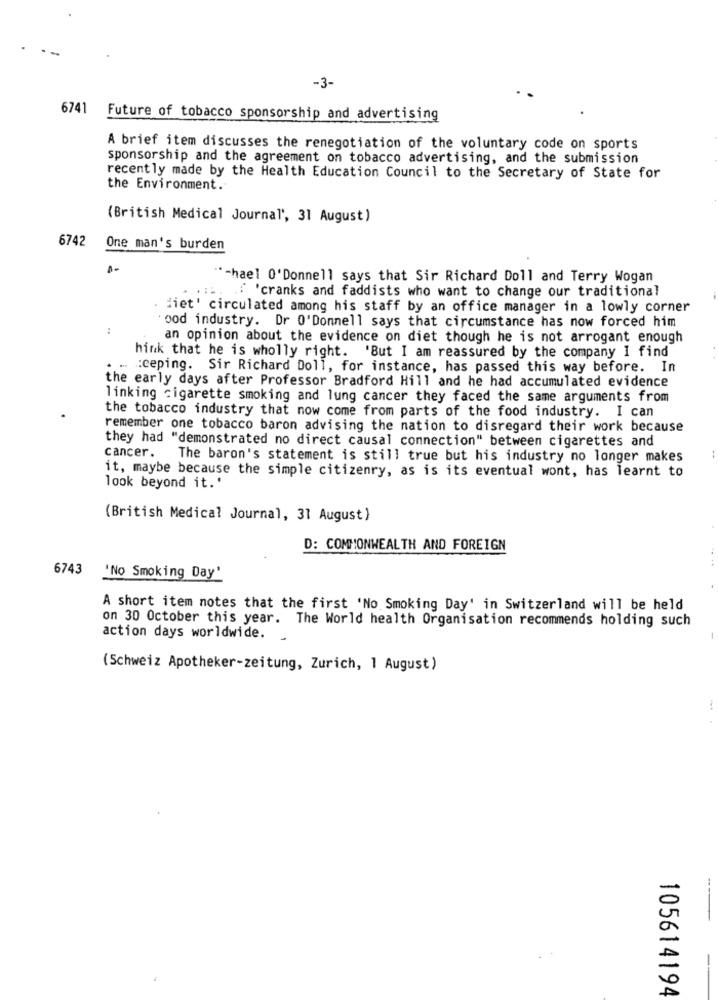
-3-
6741 Future of tobacco sponsorship and advertising
A brief item discusses the renegotiation of the voluntary code on sports
sponsorship and the agreement on tobacco advertising, and the submission
recently made by the Health Education Council to the Secretary of State for
the Environment.
(British Medical Journal', 31 August)
6742
One man's burden
"-hael O'Donnell says that Sir Richard Doll and Terry Wogan
'cranks and faddists who want to change our traditional
. diet' circulated among his staff by an office manager in a lowly corner
:
ood industry. Dr O'Donnell says that circumstance has now forced him
an opinion about the evidence on diet though he is not arrogant enough
hink that he is wholly right. 'But I am reassured by the company I find
... keeping. Sir Richard Doll, for instance, has passed this way before. In
the early days after Professor Bradford Hill and he had accumulated evidence
linking cigarette smoking and lung cancer they faced the same arguments from
the tobacco industry that now come from parts of the food industry. I can
remember one tobacco baron advising the nation to disregard their work because
they had "demonstrated no direct causal connection" between cigarettes and
cancer.
The baron's statement is still true but his industry no longer makes
it, maybe because the simple citizenry, as is its eventual wont, has learnt to
look beyond it.'
(British Medical Journal, 31 August)
D: COMMONWEALTH AND FOREIGN
6743
'No Smoking Day'
A short item notes that the first 'No Smoking Day' in Switzerland will be held
on 30 October this year. The World health Organisation recommends holding such
action days worldwide.
(Schweiz Apotheker-zeitung, Zurich, 1 August)
105614194